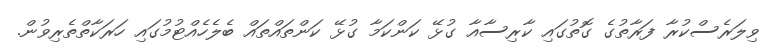
ވިލަރެސްކުރާ ފަރާތުގެ ގޮތުގައި ކާރިސާއާ ގުޅޭ ކަންކަމާ ގުޅޭ ކަންތައްތައް ބެލެހެއްޓުމުގައި ހަރަކާތްތެރިވުން.